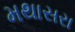
મથાસરા